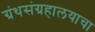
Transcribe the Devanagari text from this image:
ग्रंथसंग्रहालयाचा